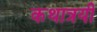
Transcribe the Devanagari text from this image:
कथात्रयी